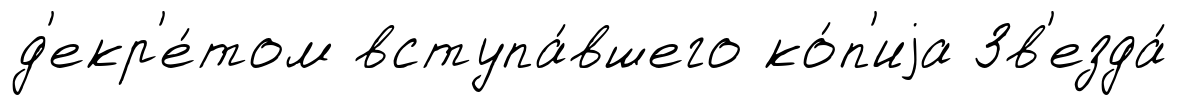
д'екр'е́том вступа́вшего ко́п'иjа Зв'езда́